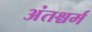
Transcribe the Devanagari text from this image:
अंतश्चर्म